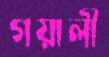
গয়ালী